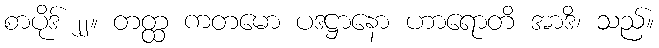
စာပိုဒ် ၂၂။ တတ္ထ ကတမော ပဒဋ္ဌာနော ဟာရောတိ အာဒိ၊ သည်။